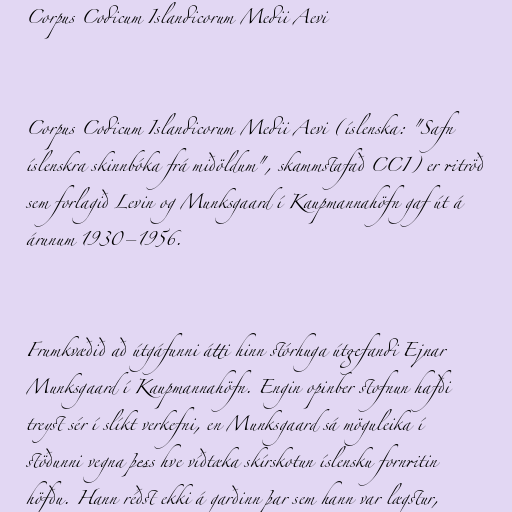
Corpus Codicum Islandicorum Medii Aevi

Corpus Codicum Islandicorum Medii Aevi (íslenska: "Safn
íslenskra skinnbóka frá miðöldum", skammstafað CCI) er ritröð
sem forlagið Levin og Munksgaard í Kaupmannahöfn gaf út á
árunum 1930–1956.

Frumkvæðið að útgáfunni átti hinn stórhuga útgefandi Ejnar
Munksgaard í Kaupmannahöfn. Engin opinber stofnun hafði
treyst sér í slíkt verkefni, en Munksgaard sá möguleika í
stöðunni vegna þess hve víðtæka skírskotun íslensku fornritin
höfðu. Hann réðst ekki á garðinn þar sem hann var lægstur,